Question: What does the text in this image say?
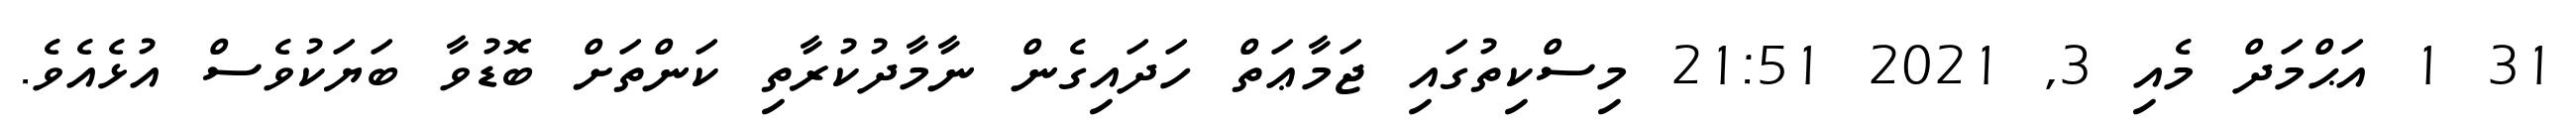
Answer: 31 1 އަޙްމަދް މެއި 3, 2021 21:51 މިސްކިތުގައި ޖަމާޢަތް ހަދައިގެން ނާމާދުކުރާތި ކަންތަށް ބޮޑުވާ ބަޔަކުވެސް އުޅެއެވެ.